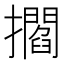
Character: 𢸴